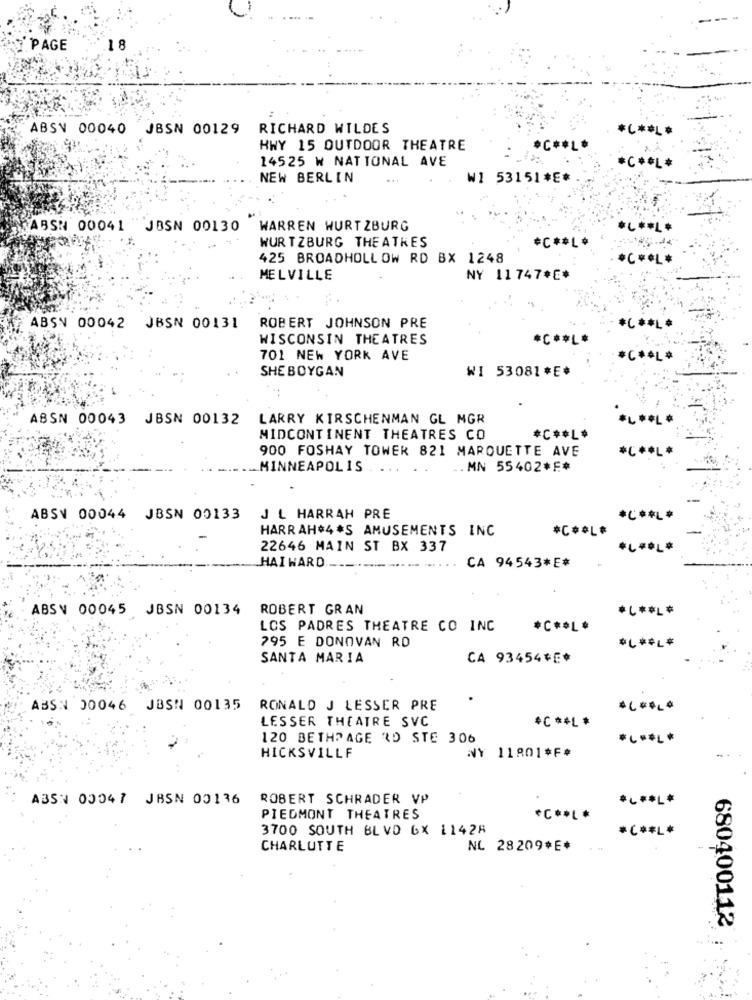
7. PAGE
18
ABSY 00040 JBSN 00129
RICHARD WILDES
*C ***
HWY 15 OUTDOOR THEATRE
**** L
14525 W NATIONAL AVE
*C ***
NEW BERLIN
W1 53151*E*
ABSN 00041 JBSN 00130
WARREN WURT ZBURG
*L ** L*
WUR TZBURG THEATKES
*C ** L*
425 BROADHOLLOW RD BX 1248
*C ** L*
MELVILLE
NY 11747*C*
ABSN 00042 JBSN 00131
ROBERT JOHNSON PRE
*C ** L
WISCONSIN THEATRES
*C ** L*
701 NEW YORK AVE
*C ** L*
SHE BOYGAN
WI 53081*E*
ABSN 00043 JBSN 00132 LARRY KIRSCHENMAN GL MGR
MIDCONTINENT THEATRES CO
*C ** L*
900 FOSHAY TOWER 821 MARQUETTE AVE
*C ** L*
MINNEAPOLIS
.. MN 55402*F*
ABSY 00044 JBSN 00133
J L HARRAH PRE
*C ** L*
HARRAH#4*S AMUSEMENTS INC
*C ** L*
22646 MAIN ST BX 337
*.** L*
HAI WARD ..
CA 94543*E*
ABSV 00045 JBSN 00134 ROBERT GRAN
*C ** L*
LOS PADRES THEATRE CO INC
*C ** L*
795 E DONOVAN RD
*L ** L*
SANTA MARIA
CA 93454VE*
ABSN 00046 JBSN 00135
RONALD J LESSER PRE
LESSER THEATRE SVC
*C ** L *
120 BETHPAGE RD STE 306
*L ** L*
HICKSVILLE
NY 11801*F*
ABSN 00047 JBSN 00136
ROBERT SCHRADER VP
*-** L*
PIEDMONT THEATRES
*C ** *
3700 SOUTH BLVD 6X 11428
*C ** L*
CHARLUTTE
NL 28209*E*
680400112